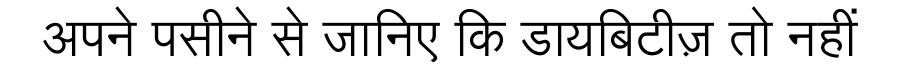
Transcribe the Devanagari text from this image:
अपने पसीने से जानिए कि डायबिटीज़ तो नहीं